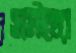
সমীহের